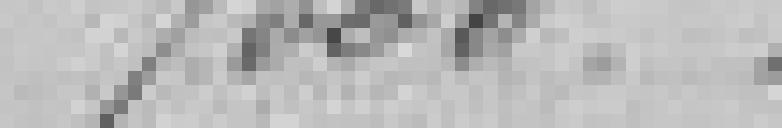
7000